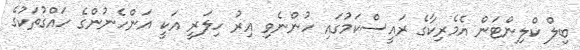
ބިލް ކްލިންޓަން އެމެރިކާގެ ރައީސްކަމުގައި ހުންނެވި އިރު ހިލަރީ އަކީ އަންހެނުންގެ ހައްގުތަކުގެ